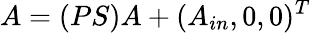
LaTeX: A=(PS)A+(A_{in},0,0)^{T}